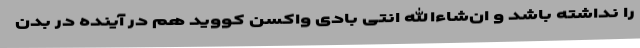
را نداشته باشد و ان‌شاءالله انتی بادی واکسن کووید هم در آینده در بدن